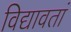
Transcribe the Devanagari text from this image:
विद्यावतां